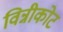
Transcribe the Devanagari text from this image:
विन्नीकोट